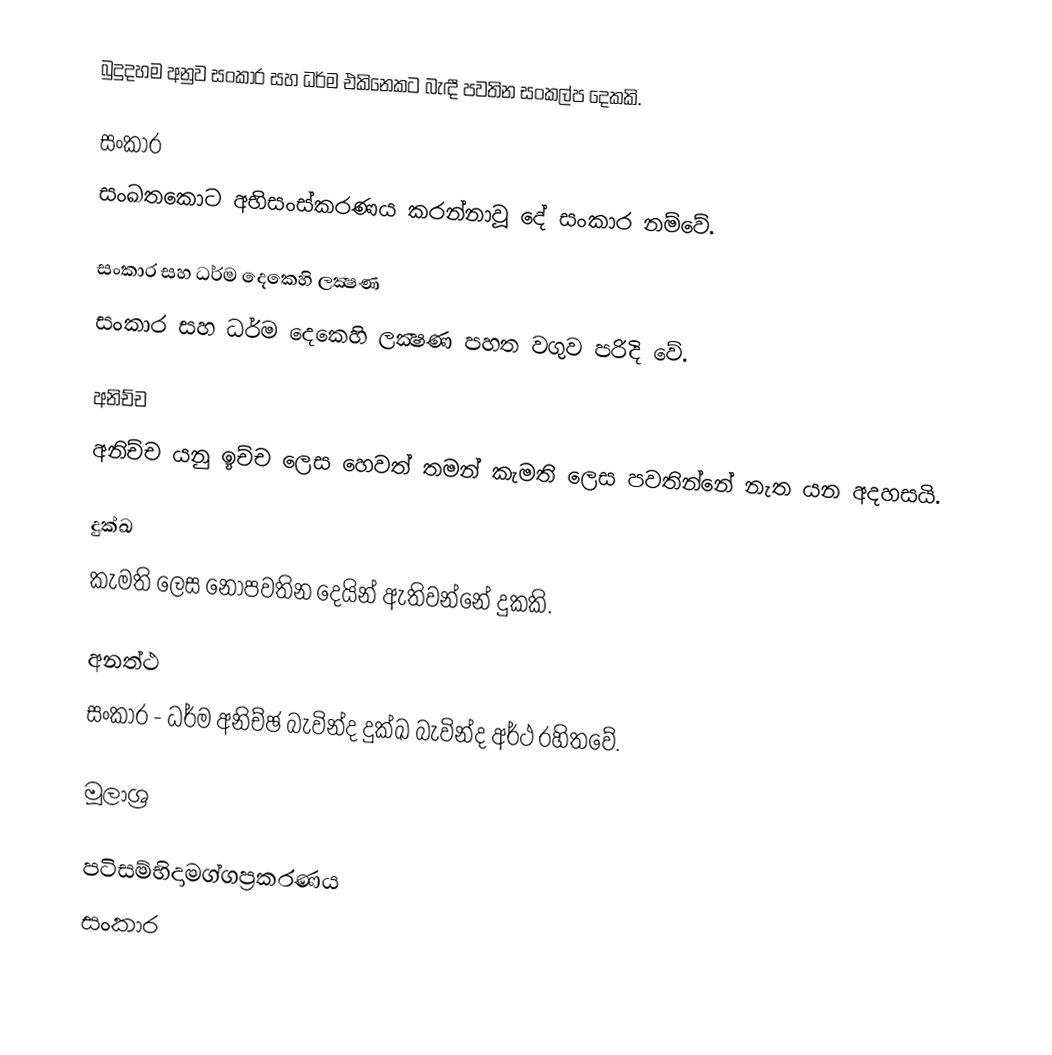
බුදුදහම අනුව සංකාර සහ ධර්ම එකිනෙකට බැඳී පවතින සංකල්ප දෙකකි.

සංකාර
සංඛතකොට අභිසංස්කරණය කරන්නාවූ දේ සංකාර නම්වේ.

සංකාර සහ ධර්ම දෙකෙහි ලක්‍ෂණ
සංකාර සහ ධර්ම දෙකෙහි ලක්‍ෂණ පහත වගුව පරිදි වේ.

අනිච්ච
අනිච්ච යනු ඉච්ච ලෙස හෙවත් තමන් කැමති ලෙස පවතින්නේ නැත යන අදහසයි.

දුක්ඛ
කැමති ලෙස නොපවතින දෙයින් ඇතිවන්නේ දුකකි.

අනත්ථ
සංකාර - ධර්ම අනිච්ඡ බැවින්ද දුක්ඛ බැවින්ද අර්ථ රහිතවේ.

මූලාශ්‍ර

පටිසම්භිදාමග්ගප්‍රකරණය
සංකාර